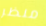
منظر